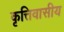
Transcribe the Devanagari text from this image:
कृत्तिवासीय